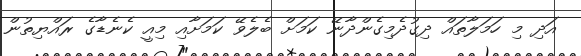
އަދި މި ހަމަލާތައް ދިގުދެމިގެންދާނޭ ކަމަށް ބެލެވޭ ކަމަށާއި މިއީ ކެނެޑާގެ ރައްޔިތުން